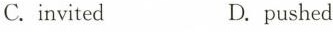
C.invited D.pushed